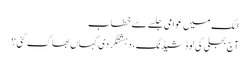
اٹک میں عوامی جلسے سے خطاب
آج بجلی کی لوڈشیڈنگ، دہشتگردی کہاں بھاگ گئی؟